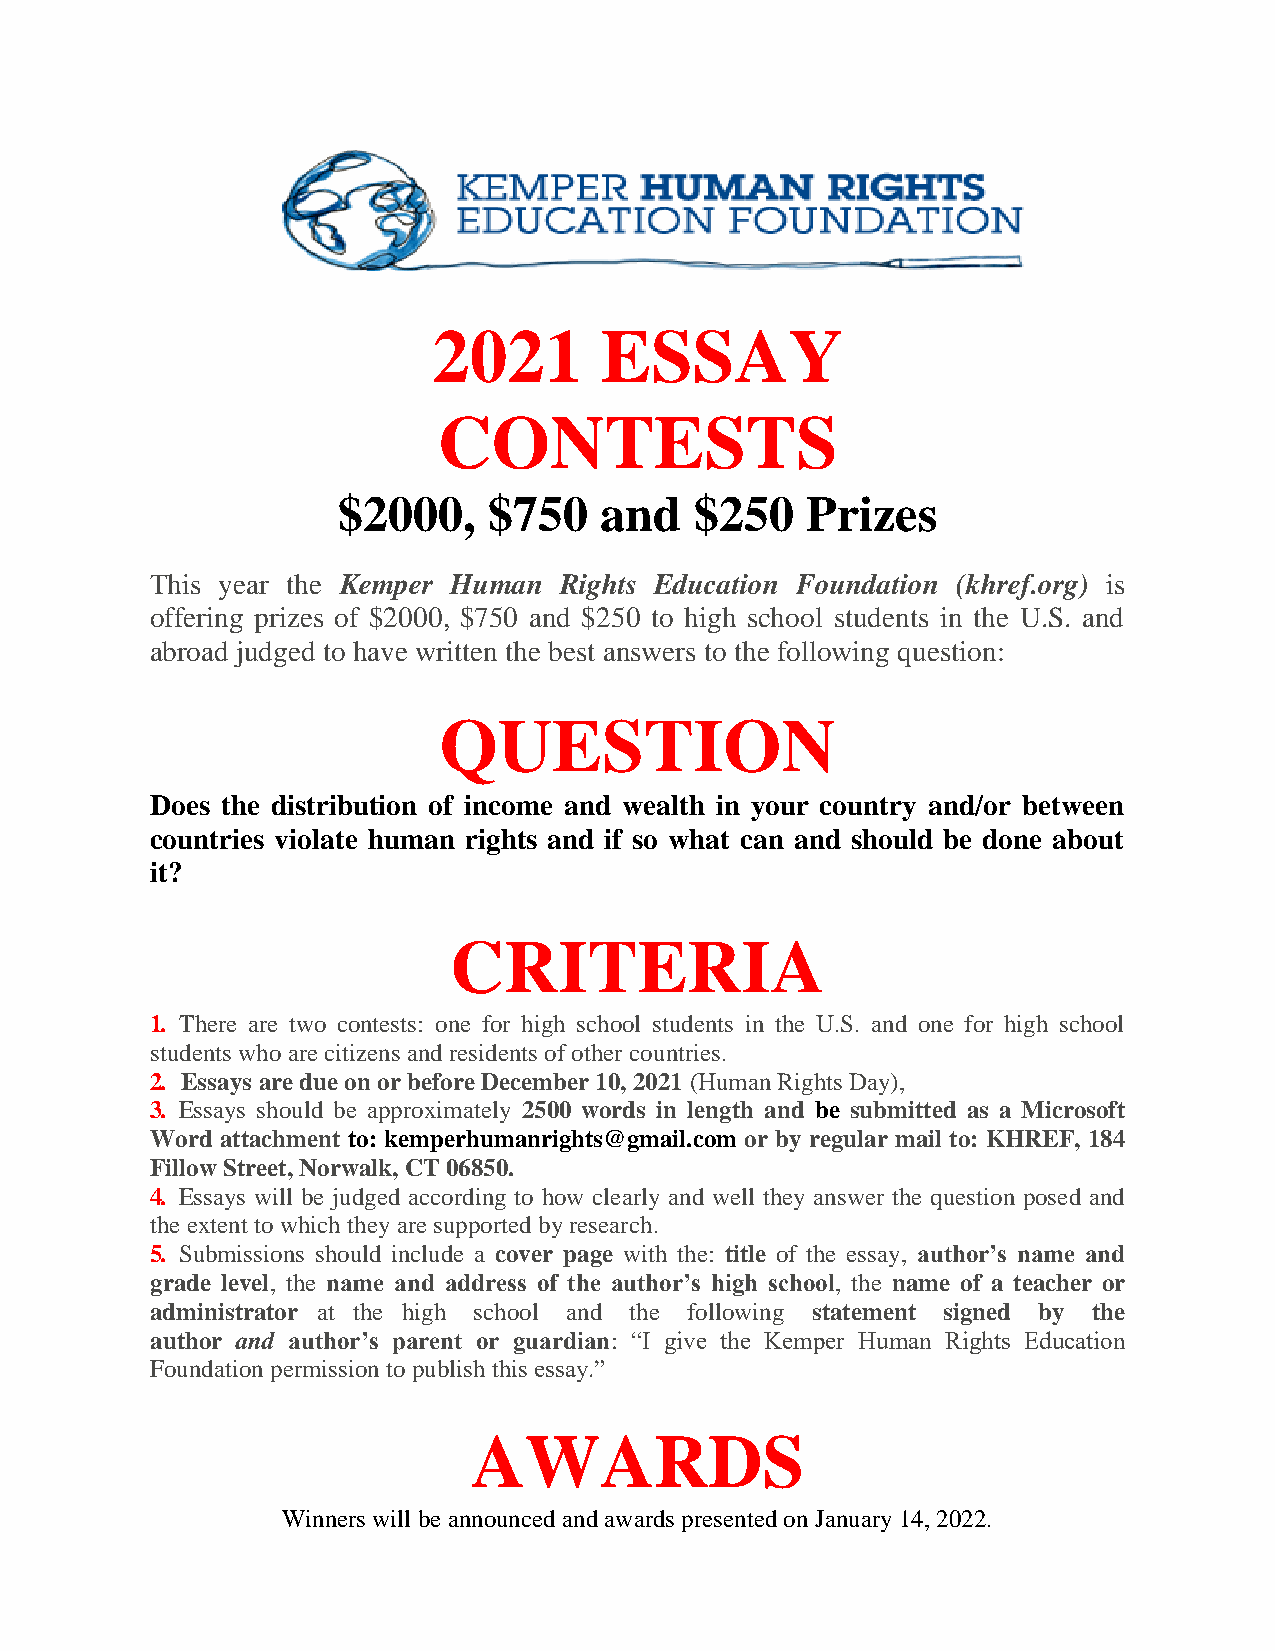
2021       ESSAY
 CONTESTS
 $2000,    $750    and   $250   Prizes
 This year the Kemper Human Rights Education Foundation (khref.org) is
 offering prizes of $2000, $750 and $250 to high school students in the U.S. and
 abroad judged to have written the best answers to the following question:
 QUESTION
 Does the distribution of income and wealth in your country and/or between
 countries violate human rights and if so what can and should be done about
 it?
 CRITERIA
 1. There are two contests: one for high school students in the U.S. and one for high school
 students who are citizens and residents of other countries.
 2. Essays are due on or before December 10, 2021 (Human Rights Day),
 3. Essays should be approximately 2500 words in length and be submitted as a Microsoft
 Word attachment to: kemperhumanrights@gmail.com or by regular mail to: KHREF, 184
 Fillow Street, Norwalk, CT 06850.
 4. Essays will be judged according to how clearly and well they answer the question posed and
 the extent to which they are supported by research.
 5. Submissions should include a cover page with the: title of the essay, author’s name and
 grade level, the name and address of the author’s high school, the name of a teacher or
 administrator at the high school and the following statement signed by the
 author and author’s parent or guardian: “I give the Kemper Human Rights Education
 Foundation permission to publish this essay.”
 AWARDS
 Winners will be announced and awards presented on January 14, 2022.